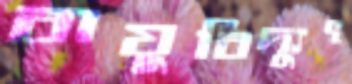
বায়ুবিদ্যুৎ